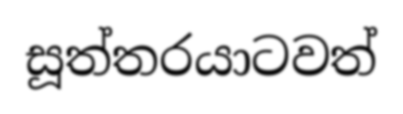
සූත්තරයාටවත්